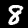
Digit: 8